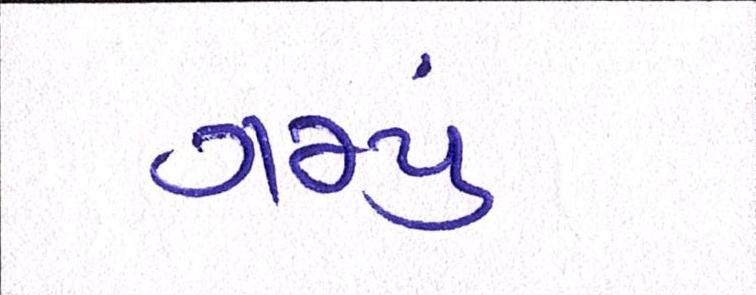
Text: ગમ્યું